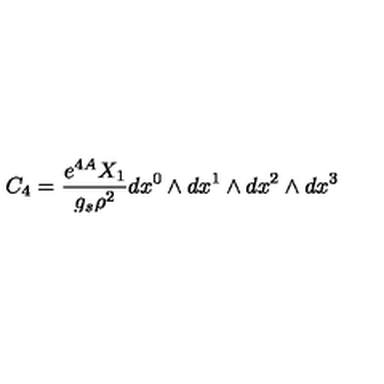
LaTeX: C _ { 4 } = { \frac { e ^ { 4 A } X _ { 1 } } { g _ { s } \rho ^ { 2 } } } d x ^ { 0 } \wedge d x ^ { 1 } \wedge d x ^ { 2 } \wedge d x ^ { 3 }